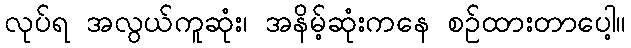
လုပ်ရ အလွယ်ကူဆုံး၊ အနိမ့်ဆုံးကနေ စဉ်ထားတာပေါ့။